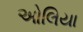
ઓલિયા